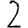
Digit: 2